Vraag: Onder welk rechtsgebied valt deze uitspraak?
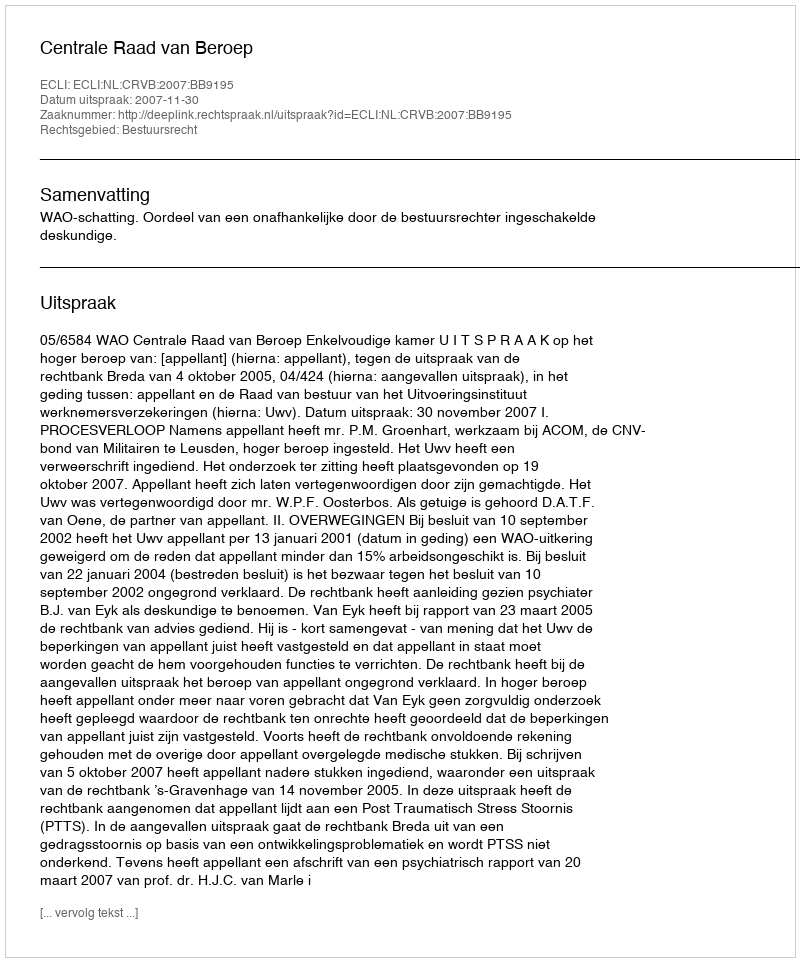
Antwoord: Bestuursrecht